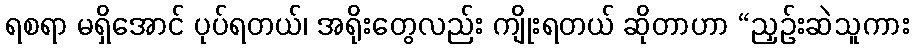
ရစရာ မရှိအောင် ပုပ်ရတယ်၊ အရိုးတွေလည်း ကျိုးရတယ် ဆိုတာဟာ “ညှဉ်းဆဲသူကား